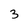
Character: 3